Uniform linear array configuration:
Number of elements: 8
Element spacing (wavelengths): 0.75
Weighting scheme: exponential
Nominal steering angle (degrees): -60
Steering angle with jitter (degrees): -61.071
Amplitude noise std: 0.05
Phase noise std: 0.05

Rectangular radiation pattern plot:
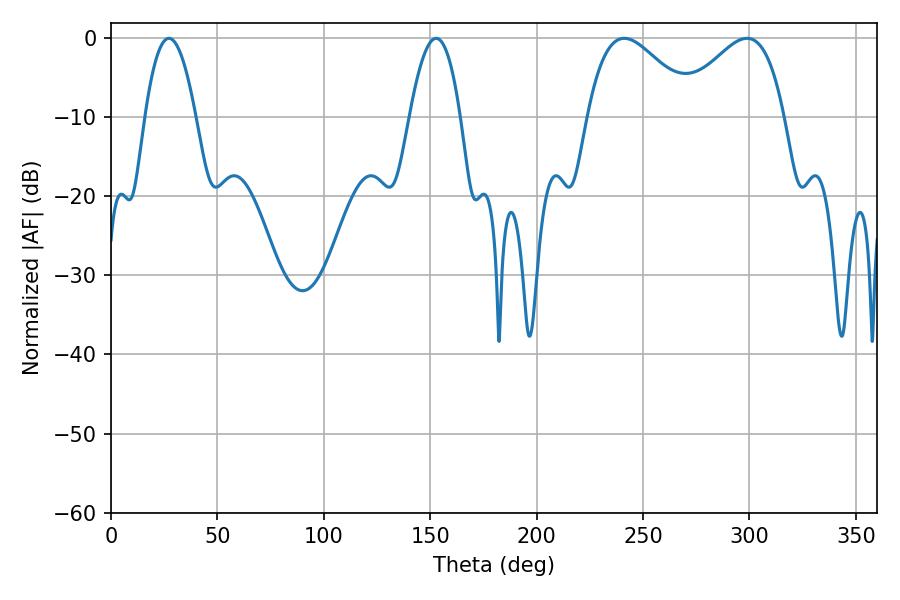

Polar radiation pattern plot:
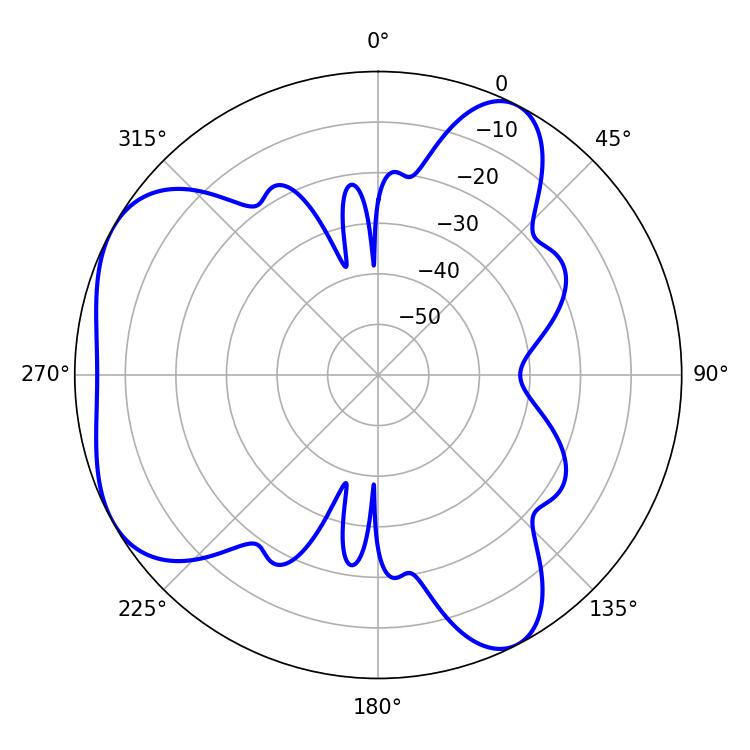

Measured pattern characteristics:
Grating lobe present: TRUE
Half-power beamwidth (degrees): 27.18
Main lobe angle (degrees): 241.2